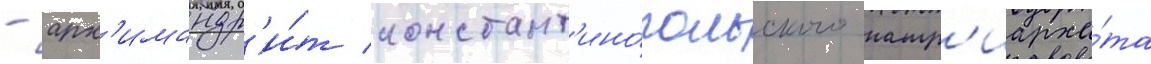
- арх'имандр'и́т констант'ино́польского патр'иарха́та